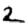
Digit: 2